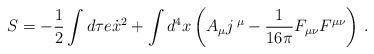
LaTeX: \begin{align*}S=-\frac12\int d\tau e\dot{x}^2 +\int d^4x \left( A_{\mu}j\,{}^{\mu}-\frac{1}{16\pi} F_{\mu\nu}F^{\mu\nu}\right)\,.\end{align*}